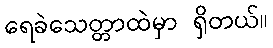
ရေခဲသေတ္တာထဲမှာ ရှိတယ်။